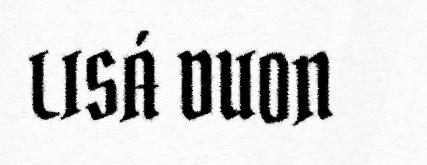
LISÁ DUON